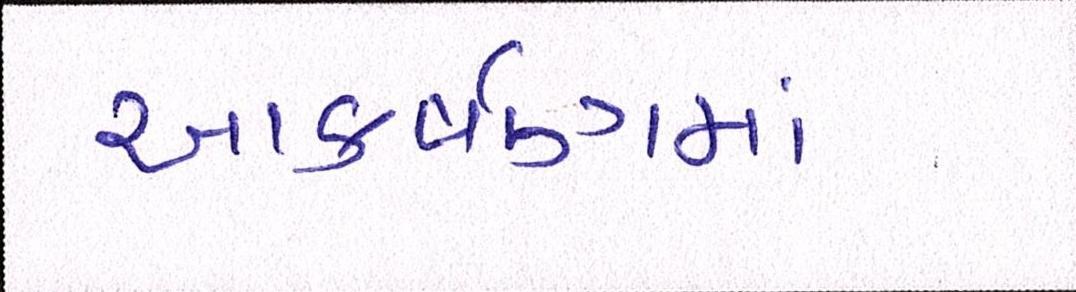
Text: આકર્ષણમાં